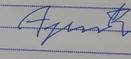
Signature authenticity: forged